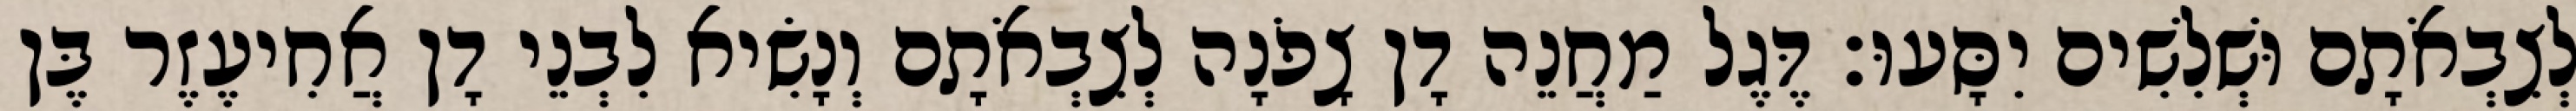
לְצִבְאֹתָם וּשְׁלִשִׁים יִסָּעוּ׃ דֶּגֶל מַחֲנֵה דָן צָפֹנָה לְצִבְאֹתָם וְנָשִׂיא לִבְנֵי דָן אֲחִיעֶזֶר בֶּן